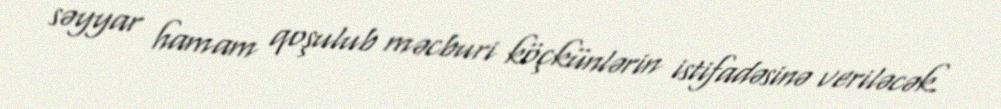
səyyar hamam qoşulub məcburi köçkünlərin istifadəsinə veriləcək.